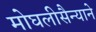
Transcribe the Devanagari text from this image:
मोघलीसैन्याने